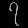
Digit: ၇